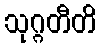
သုဂ္ဂတီတိ